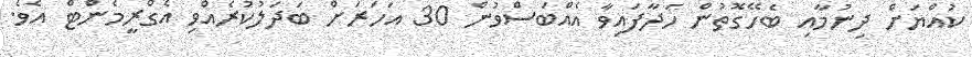
ކުއްޔަށް ދިނުމާއި ބެހޭގޮތުން ހަދާފައިވާ އެއްބަސްވުން 30 އަހަރަށް ބަދަލުކުރެއްވި އެގްރީމެންޓް އެވެ.